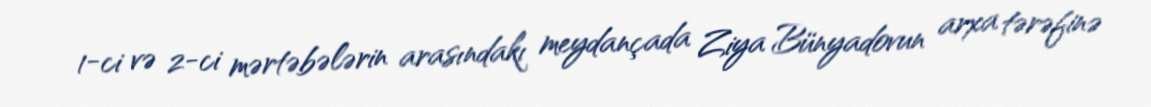
1-ci və 2-ci mərtəbələrin arasındakı meydançada Ziya Bünyadovun arxa tərəfinə